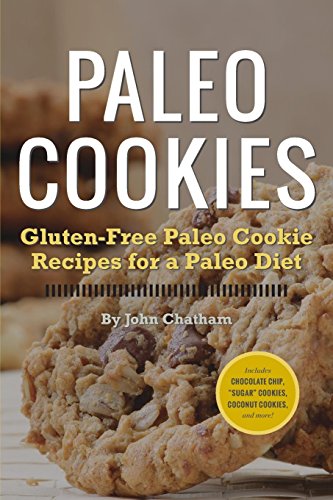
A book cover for Paleo Cookies: Gluten-Free Paleo Cookie Recipes for a Paleo Diet; John Chatham; Health, Fitness & Dieting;